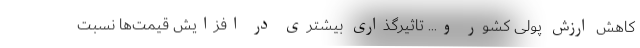
کاهش ارزش پولی کشور و... تاثیرگذاری بیشتری در افزایش قیمت‌ها نسبت